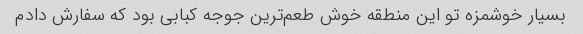
بسیار خوشمزه تو این منطقه خوش طعم‌ترین جوجه کبابی بود که سفارش دادم